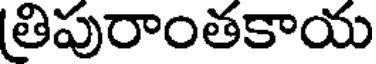
తిపురాంతకాయ